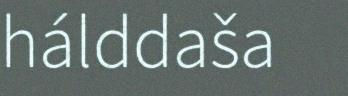
hálddaša